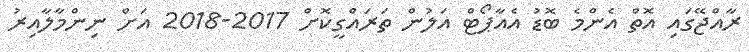
ރާއްޖޭގައި އޮތް އެންމެ ބޮޑު އެއާޕޯޓް އަލުން ތަރައްގީކޮށް 2017-2018 އަށް ނިންމާލާއިރު